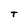
Character: T